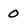
Character: 0